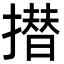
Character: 𭢗